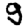
Digit: 9